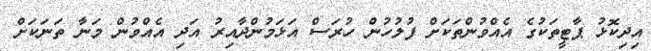
އިދިކޮޅު ޕާޓީތަކުގެ އެއްވުންތަކަށް ފުލުހުން ހުރަސް އަޅަމުންދާއިރު އަދި އެއްވުން މަނާ ތަނަކަށް